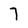
Character: 7